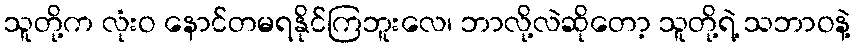
သူတို့က လုံးဝ နောင်တမရနိုင်ကြဘူးလေ၊ ဘာလို့လဲဆိုတော့ သူတို့ရဲ့ သဘာဝနဲ့